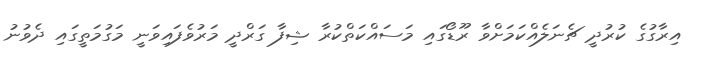
އިރާގުގެ ކުރުދީ ޗެނަލެއްކަމަށްވާ ރޫޑޯގައި މަސައްކަތްކުރާ ޝިފާ ގަރްދީ މަރުވެފައިވަނީ މަގުމަތީގައި ދެވުނު